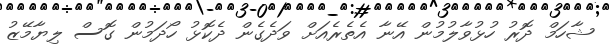
ޝާހަމް ދޮރު ހުޅުވާލުމުން އޭނާ އެތެރެއަށް ވަދެގެން ދެކޮޅު ހޯދަމުން ގޮސް ލިޔާމޭޒު